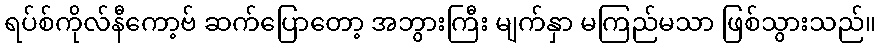
ရပ်စ်ကိုလ်နီကော့ဗ် ဆက်ပြောတော့ အဘွားကြီး မျက်နှာ မကြည်မသာ ဖြစ်သွားသည်။